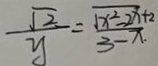
\frac { \sqrt { 2 } } { y } = \frac { \sqrt { x ^ { 2 } - 2 x + 2 } } { 3 - x }